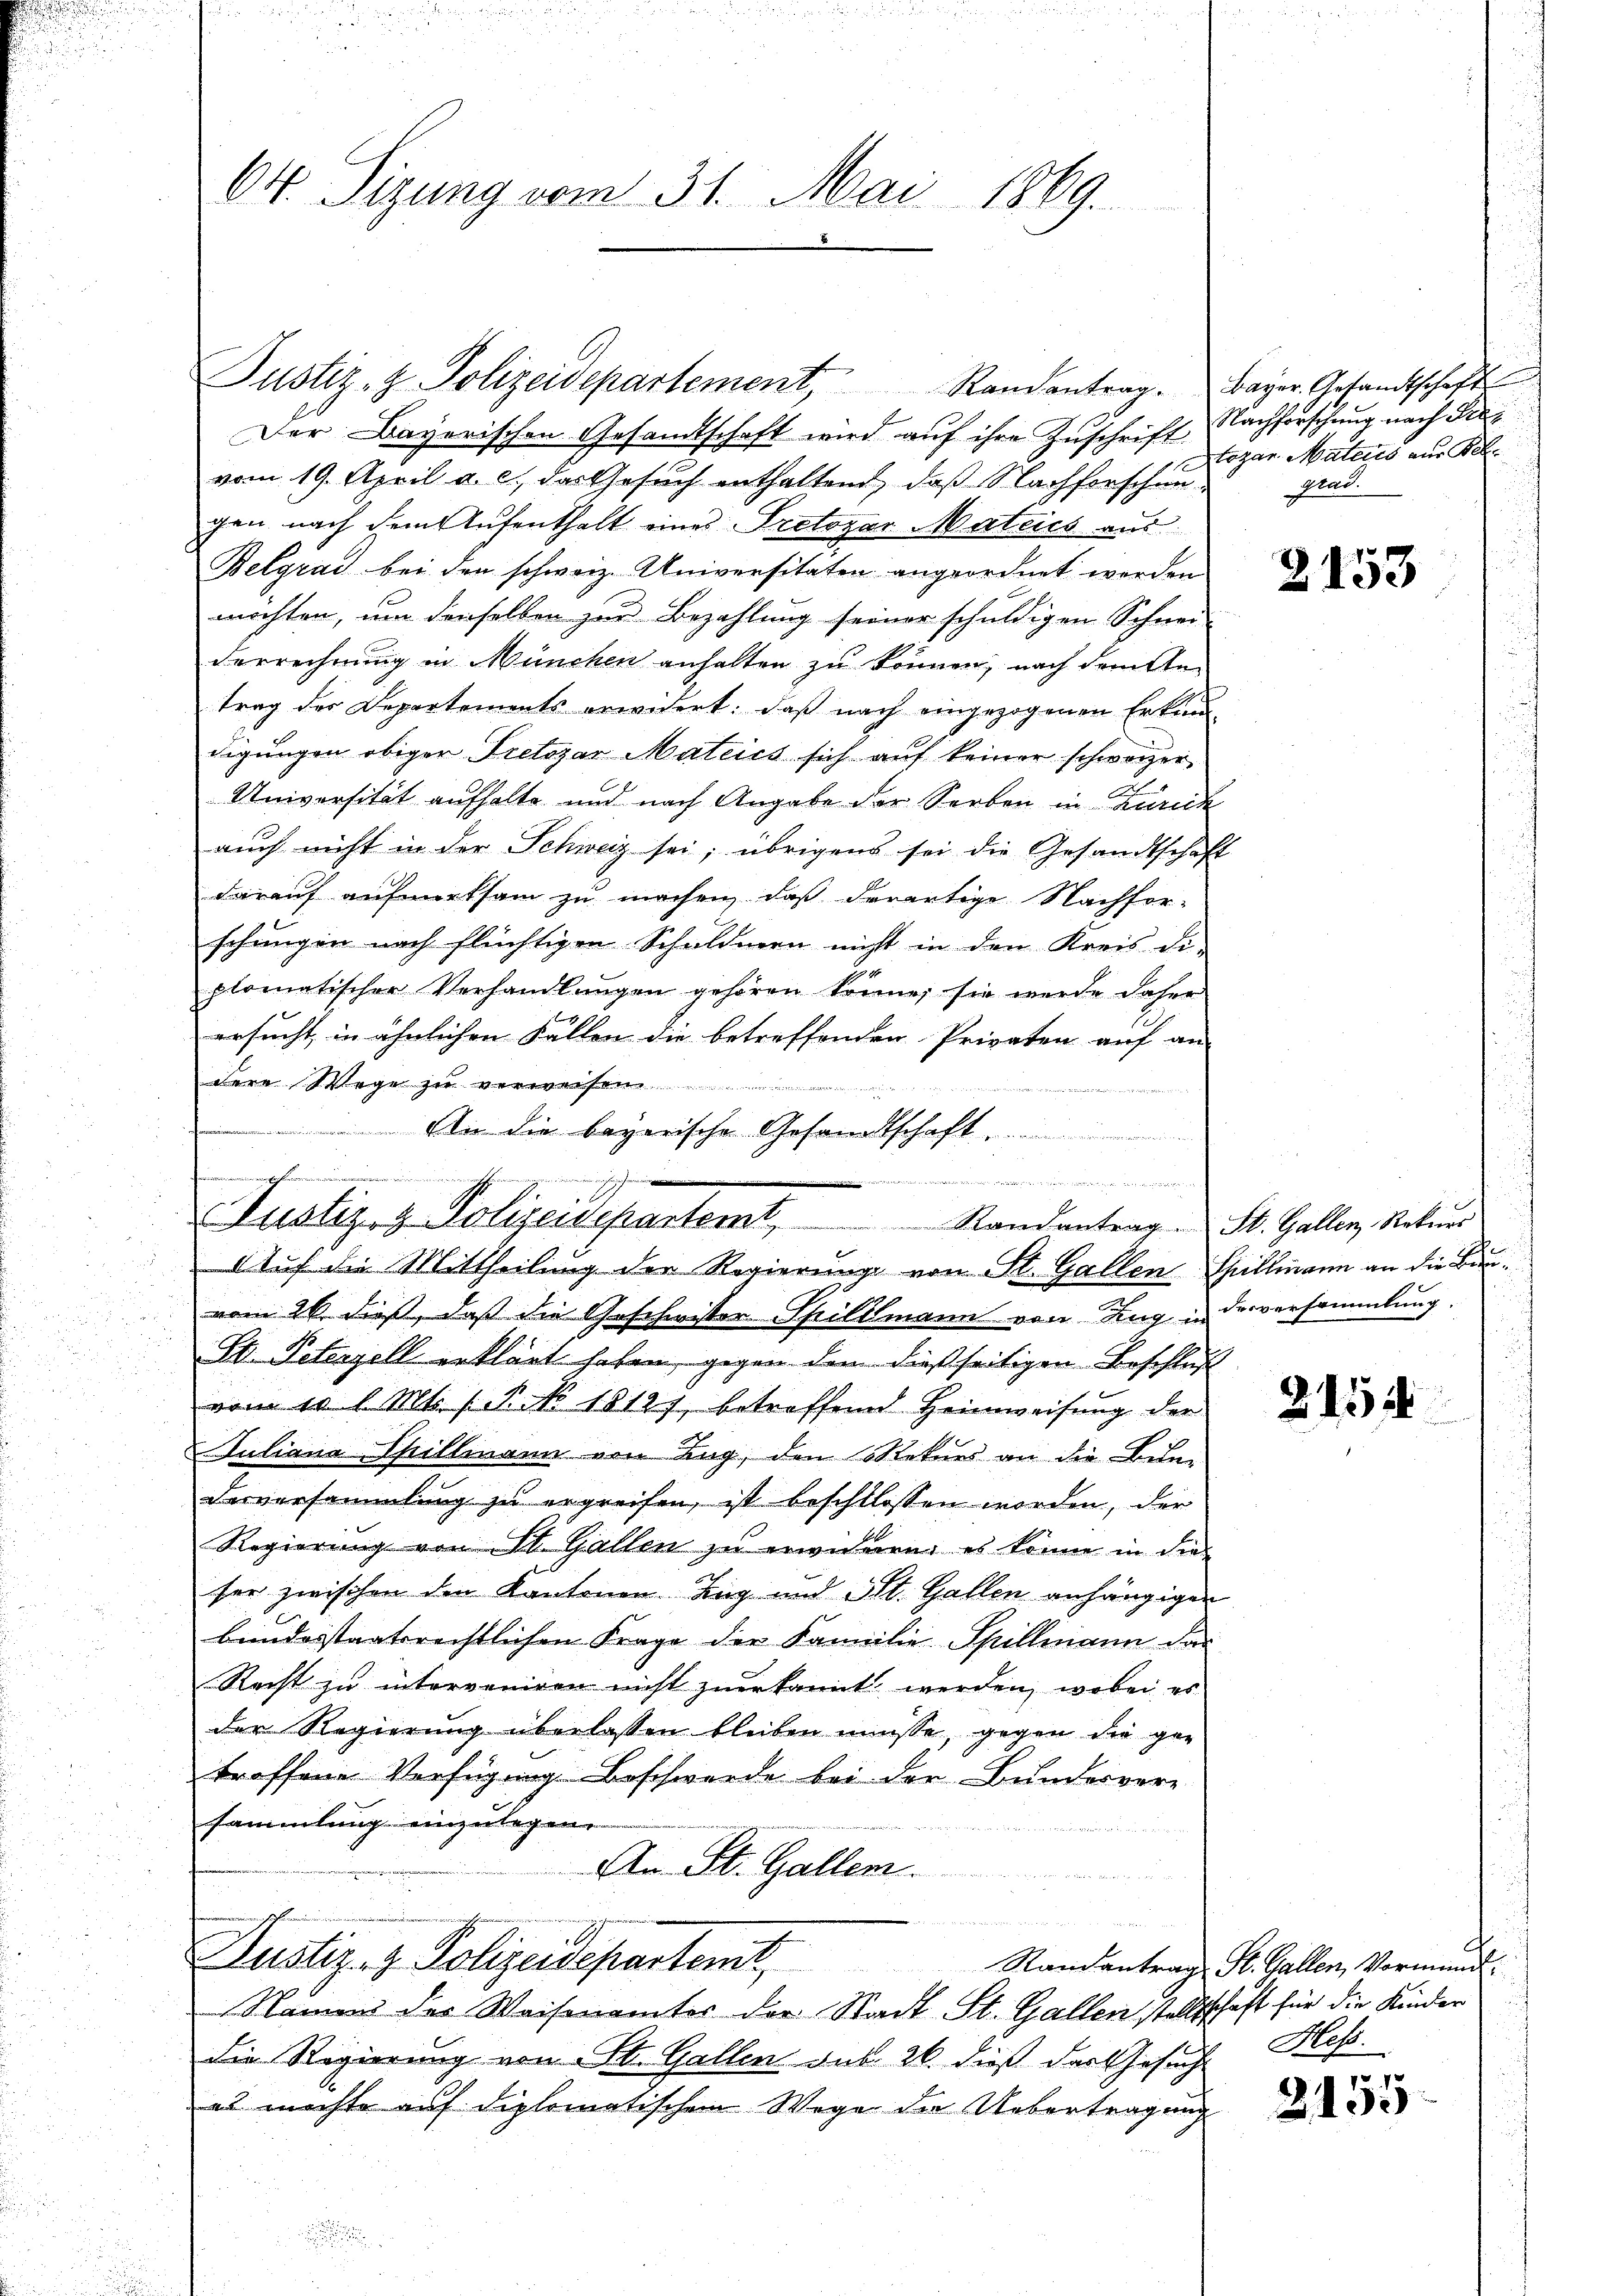
64. Sigung vom 31. Mai 1869.

Der Bayerischen Gesandtschaft wird auf ihre Zuschrift Nachforschung nach Prevom 19. April a. c., das Gesuch enthaltend, daß Nachforschungen nach dem Aufenthalt eines Pretogar Mateics aus
Belgrad bei den schweiz. Universitäten angeordnet werden
möchten, um denselben zur Bezahlung seiner schuldigen Schnei-
Verrechnung in München anhalten zu können, nach dem Antrag des Departements erwidert: daß nach eingezogenen Erkund-
digungen obiger Tretogar Mateics sich auf keiner schweizer
Universität aufhalte und nach Angabe der Serben in Zürich
auch nicht in der Schweiz sei; übrigens sei die Gesandtschaft
darauf aufmerksam zu machen, daß derartige Nachfor-
schungen nach flüchtigen Schuldnern nicht in den Kreis di-
plomatischer Verhandlungen gehören könne; sie werde daher
ersucht, in ähnlichen Fällen die betreffenden Privaten auf an- |
dere Wege zu
n
An die bayerische Gesandtschaft .............
vom 26. dieß, daß die Geschwister-Spillmann von Zug in derversammlung.
St. Petenzell erklärt haben, gegen den dießseitigen Beschluß
vom 20 l. Mts. (T. No 18127, betreffend Heimweisung der
Juliana Spillmann von Lug, den Rekurs an die Bun-
Derversammlung zu ergreifen, ist beschlossen worden, der
Regierung von St. Gallen zu erwidmen, es könne in die
ser zwischen den Kantonen Zug und St. Gallen anhängigen
bundesstaatsrechtlichen Frage der Familie Spillmann das
Recht zu interveniren nicht zuerkannt werden, wobei es
der Regierung überlassen bleiben müsse, gegen die ger
troffene Verfügung Beschwerde bei der Bundesvere
sammlung einzulegen
An St. Gallem.
u
e
Justiz- & Polizeidepartamt,
Namen des Waisenämter der Stadt St. Gallen, stellschaft für die Kinder
die Regierung von St. Gallen sub 26. dieß das Gesuch
es möchte auf diplomatischen Wege die Uebertragung

Erchauung werden
e

Justiz- & Polizeidepartement, Randantrag.

Justiz- & Polizeidepartemt, Randantrag. St. Gallen, Rekurs
AAuf die Mittheilung der Regierung von St. Gallen Spillmann an die Be¬

Bayer. Gesandtschaft
Sogar Materes zur Be
grad.

2153

2154

G
Randantrag St. Gallen, Vormund¬
Heß.

2155